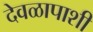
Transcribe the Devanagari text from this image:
देवळापाशी